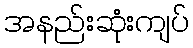
အနည်းဆုံးကျပ်